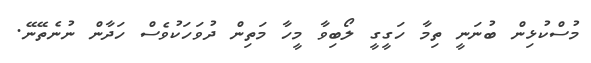
މުސްކުޅިން ބުނަނީ ތިމާ ހަގީގީ ލޯބިވާ މީހާ މަތިން ދުވަހަކުވެސް ހަދާން ނުނެތޭނޭ.